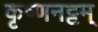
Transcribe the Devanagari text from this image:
कृष्णनट्टम्